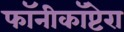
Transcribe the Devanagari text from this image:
फॉनीकॉप्टेरा